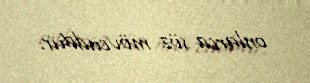
onlarca söz mövcuddur.